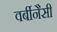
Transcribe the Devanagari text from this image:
वर्बीनैसी